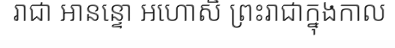
រាជា អានន្ទោ អហោសិ ព្រះរាជាក្នុងកាល